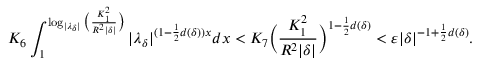
K _ { 6 } \int _ { 1 } ^ { \log _ { | \lambda _ { \delta } | } \big ( \frac { K _ { 1 } ^ { 2 } } { R ^ { 2 } | \delta | } \big ) } | \lambda _ { \delta } | ^ { ( 1 - \frac 1 2 d ( \delta ) ) x } d x < K _ { 7 } \Big ( \frac { K _ { 1 } ^ { 2 } } { R ^ { 2 } | \delta | } \Big ) ^ { 1 - \frac 1 2 d ( \delta ) } < \varepsilon | \delta | ^ { - 1 + \frac 1 2 d ( \delta ) } .